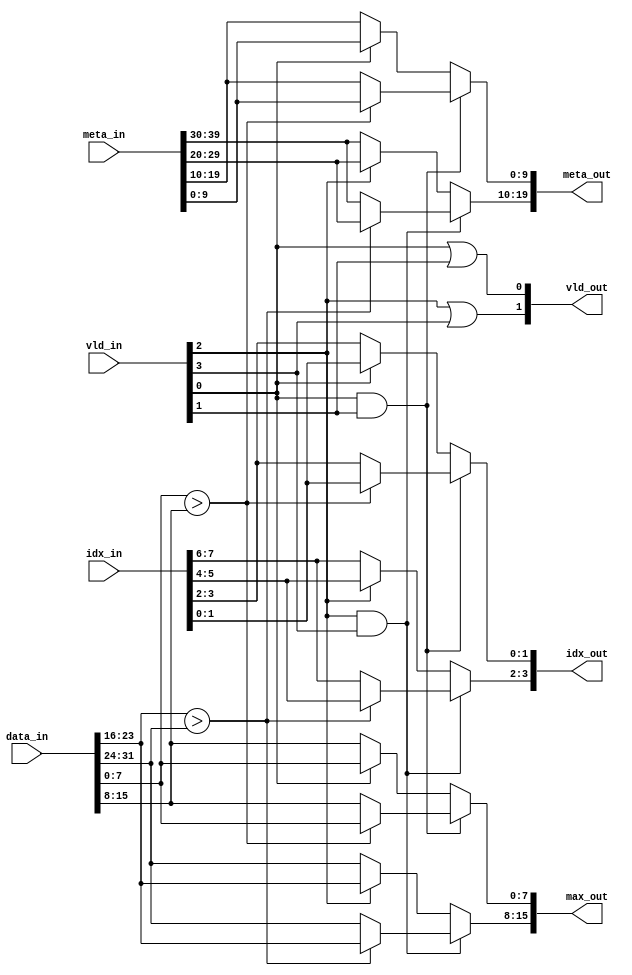
`timescale 1ns/1ps

module max
#(
	parameter REG_WIDTH = 4,
	parameter META_WIDTH = 10,
	parameter IDX_WIDTH = 2,
    parameter DATA_WIDTH = 8
)
(
	input [REG_WIDTH*DATA_WIDTH-1:0] data_in,
	input [REG_WIDTH*META_WIDTH-1:0] meta_in,
	input [REG_WIDTH*IDX_WIDTH-1:0] idx_in,
	input [REG_WIDTH-1:0] vld_in,
	output reg [(REG_WIDTH/2)*DATA_WIDTH-1:0] max_out,
	output reg [(REG_WIDTH/2)*META_WIDTH-1:0] meta_out,
	output reg [(REG_WIDTH/2)*IDX_WIDTH-1:0] idx_out,
	output reg [REG_WIDTH/2-1:0] vld_out
);

	integer i;
	
	always @*
	begin
	    for (i = 0; i < REG_WIDTH; i=i+2) 
		begin			
            if ((vld_in[i] == 1'b1) && (vld_in[i+1] == 1'b1))
	            if (data_in[(i+1)*DATA_WIDTH-1 -: DATA_WIDTH] > data_in[(i+2)*DATA_WIDTH-1 -: DATA_WIDTH])
		        begin
	                max_out [((i/2)+1)*DATA_WIDTH-1 -: DATA_WIDTH] <= data_in[(i+1)*DATA_WIDTH-1 -: DATA_WIDTH];
	                meta_out[((i/2)+1)*META_WIDTH-1 -: META_WIDTH] <= meta_in[(i+1)*META_WIDTH-1 -: META_WIDTH];
			        idx_out [((i/2)+1)*IDX_WIDTH -1 -: IDX_WIDTH ] <= idx_in [(i+1)*IDX_WIDTH -1 -: IDX_WIDTH ];
			    end
		        else
			    begin
	                max_out [((i/2)+1)*DATA_WIDTH-1 -: DATA_WIDTH] <= data_in[(i+2)*DATA_WIDTH-1 -: DATA_WIDTH];
	                meta_out[((i/2)+1)*META_WIDTH-1 -: META_WIDTH] <= meta_in[(i+2)*META_WIDTH-1 -: META_WIDTH];
			        idx_out [((i/2)+1)*IDX_WIDTH -1 -: IDX_WIDTH ] <= idx_in [(i+2)*IDX_WIDTH -1 -: IDX_WIDTH ];						
		        end	
			else if (vld_in[i] == 1'b1)
			begin
	            max_out [((i/2)+1)*DATA_WIDTH-1 -: DATA_WIDTH] <= data_in[(i+1)*DATA_WIDTH-1 -: DATA_WIDTH];
	            meta_out[((i/2)+1)*META_WIDTH-1 -: META_WIDTH] <= meta_in[(i+1)*META_WIDTH-1 -: META_WIDTH];
			    idx_out [((i/2)+1)*IDX_WIDTH -1 -: IDX_WIDTH ] <= idx_in [(i+1)*IDX_WIDTH-1  -: IDX_WIDTH ];
			end
			else
			begin
	            max_out [((i/2)+1)*DATA_WIDTH-1 -: DATA_WIDTH] <= data_in[(i+2)*DATA_WIDTH-1 -: DATA_WIDTH];
	            meta_out[((i/2)+1)*META_WIDTH-1 -: META_WIDTH] <= meta_in[(i+2)*META_WIDTH-1 -: META_WIDTH];
			    idx_out [((i/2)+1)*IDX_WIDTH-1 -: IDX_WIDTH]   <= idx_in [(i+2)*IDX_WIDTH -1 -: IDX_WIDTH ];						
			end
            vld_out[i/2] <= vld_in[i] | vld_in[i+1];
		end
	end
endmodule